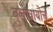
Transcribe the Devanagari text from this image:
बुलावायोचे